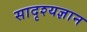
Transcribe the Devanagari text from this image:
सादृश्यज्ञान